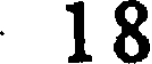
18